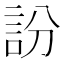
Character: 訜